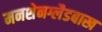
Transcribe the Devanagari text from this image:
मनशेनग्लैडबाख